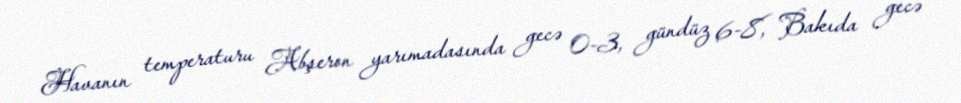
Havanın temperaturu Abşeron yarımadasında gecə 0-3, gündüz 6-8, Bakıda gecə